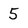
Character: 5